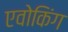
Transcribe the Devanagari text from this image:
एवोकिंग